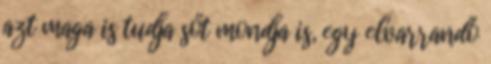
azt maga is tudja sőt mondja is, egy elvarrandó